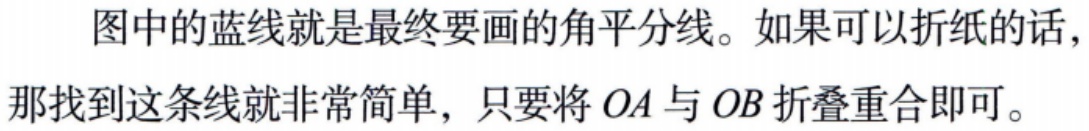
图中的蓝线就是最终要画的角平分线。如果可以折纸的话，那找到这条线就非常简单，只要将 \(OA\) 与 \(OB\) 折叠重合即可。